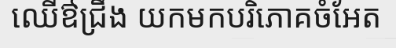
ឈើឳជ្រឹង យកមកបរិភោគចំអែត